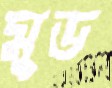
মুড